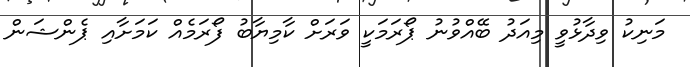
މަނިކު ވިދާޅުވީ މިއަދު ބޭއްވުނު ޕޯރަމަކީ ވަރަށް ކާމިޔާބު ފޯރަމެއް ކަމަށާއި ޕެންޝަން